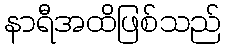
နာရီအထိဖြစ်သည်